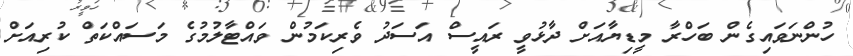
ހުންނަވައިގެން ބަހްރާ މީޑިޔާއަށް ދާޅުވީ ރައީސް އަސަދު ވެރިކަމުން ވައްޓާލުމުގެ މަސައްކަތް ކުރިއަށް